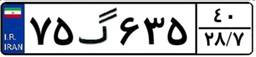
۲۳گ۲۶۳۵۰